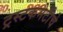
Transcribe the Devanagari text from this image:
ट्रस्टकमेटीचे